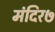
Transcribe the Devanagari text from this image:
मंदिर७